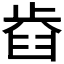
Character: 𣦋